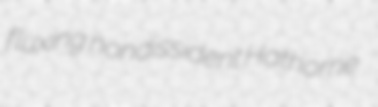
fluxing nondissident Hathorne